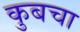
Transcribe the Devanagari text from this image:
कुबचा